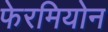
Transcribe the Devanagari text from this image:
फेरमियोन